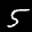
Label: 5